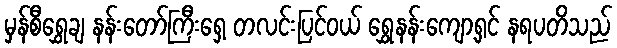
မှန်စီရွှေချ နန်းတော်ကြီးရှေ့ တလင်းပြင်ဝယ် ရွှေနန်းကျော့ရှင် နရပတိသည်